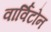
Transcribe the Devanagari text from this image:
वार्विटोन